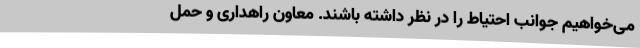
می‌خواهیم جوانب احتیاط را در نظر داشته باشند. معاون راهداری و حمل